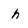
Character: h